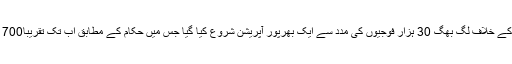
خیال رہے کہ جنوبی وزیرستان میں اکتوبر 2009ء کے وسط میں عسکریت پسندوں کے خلاف لگ بھگ 30 ہزار فوجیوں کی مدد سے ایک بھرپور آپریشن شروع کیا گیا جس میں حکام کے مطابق اب تک تقریباً700 شدت پسند مارے گئے جب کہ 80سے زائد فوجی بھی اس لڑائی میں ہلاک ہوئے ہیں۔